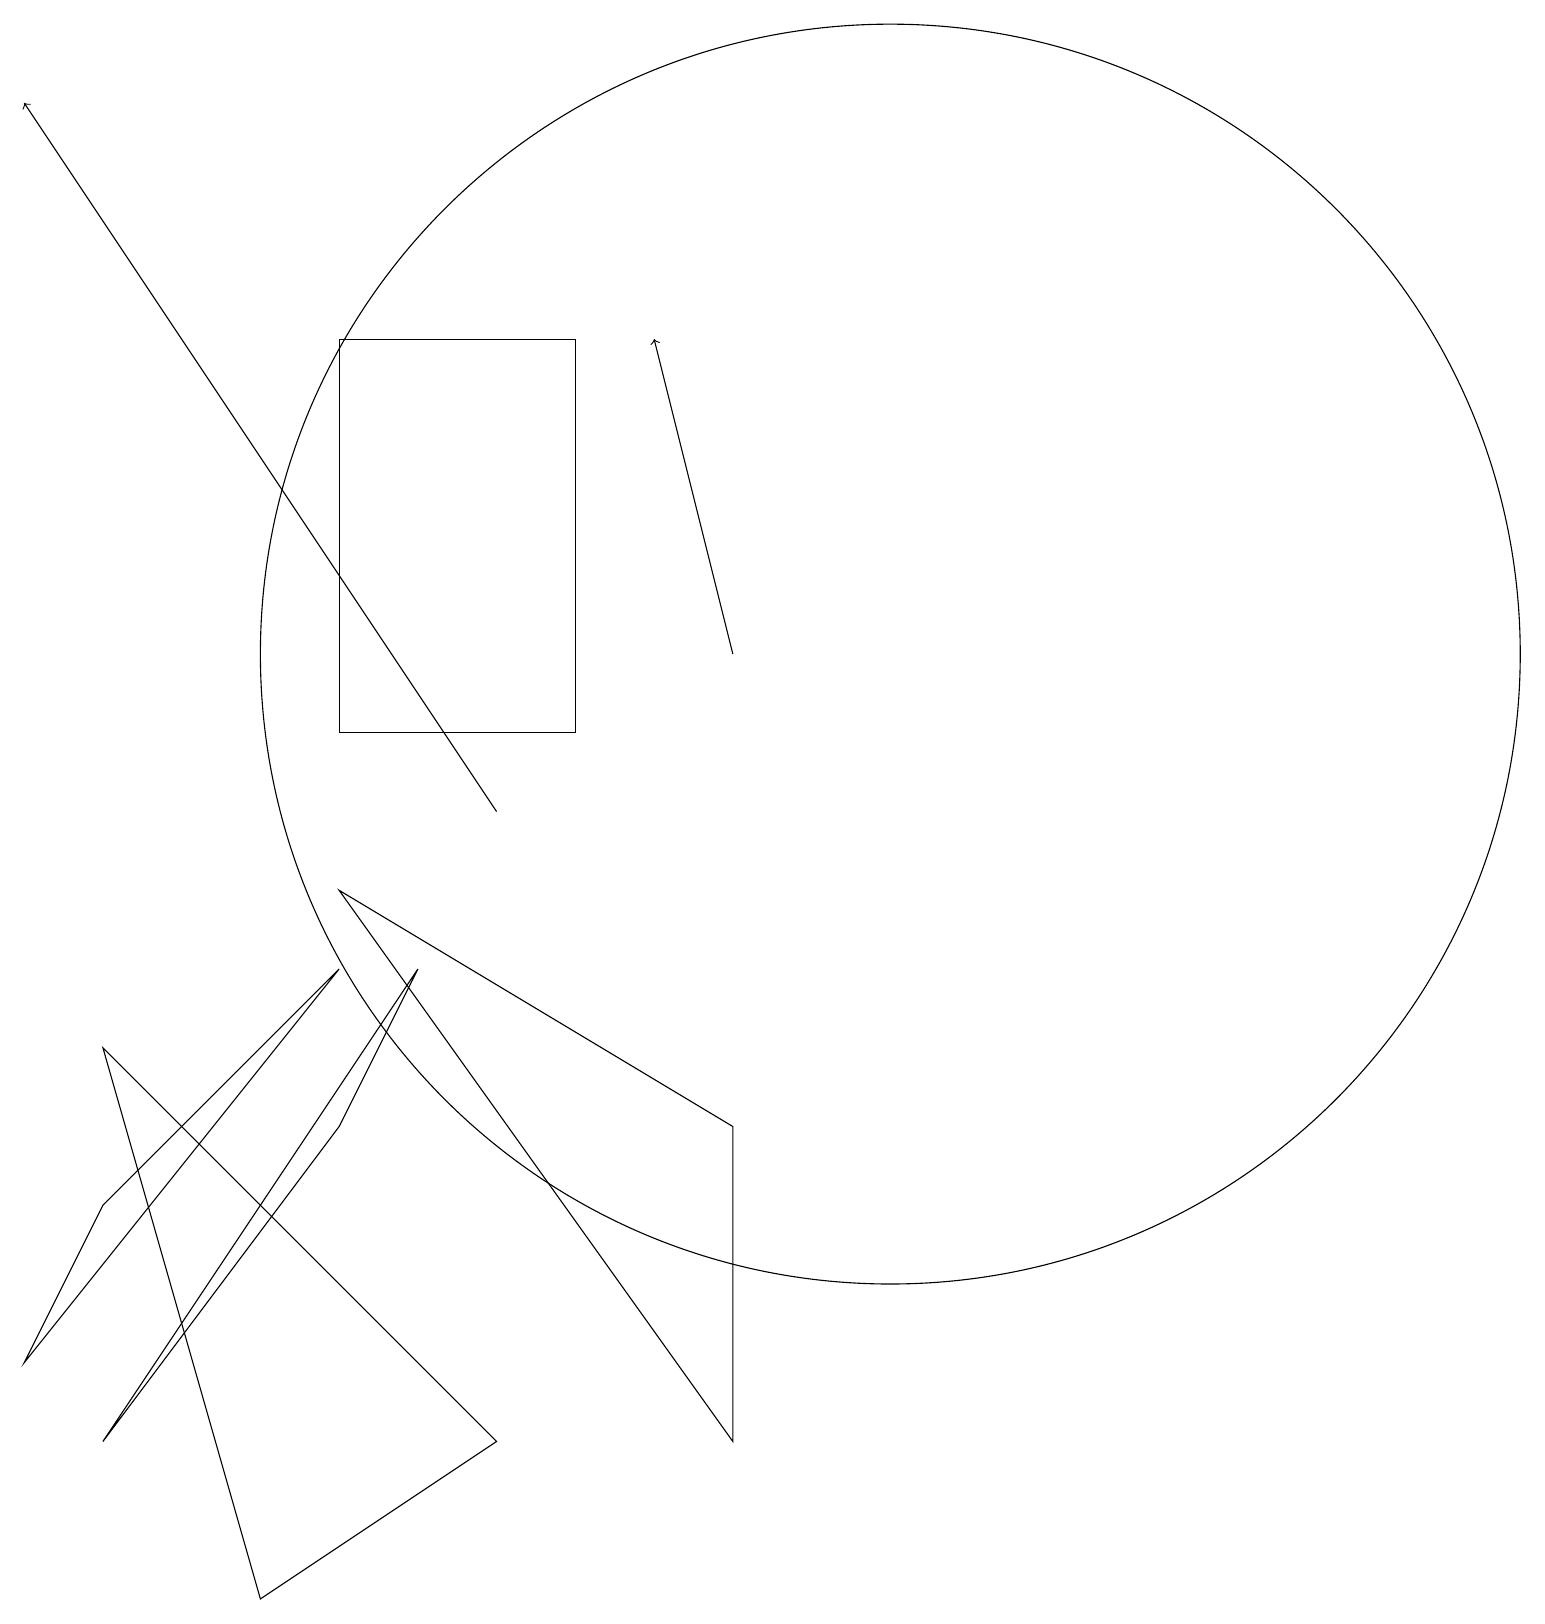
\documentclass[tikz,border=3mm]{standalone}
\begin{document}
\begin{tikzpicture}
\draw (6,2) -- (1,7) -- (3,0) -- cycle;
\draw (1,5) -- (0,3) -- (4,8) -- cycle;
\draw (9,6) -- (4,9) -- (9,2) -- cycle;
\draw (11,12) circle (8);
\draw[->] (9,12) -- (8,16);
\draw (1,2) -- (5,8) -- (4,6) -- cycle;
\draw[->] (6,10) -- (0,19);
\draw (4,11) rectangle (7,16);
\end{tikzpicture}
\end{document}